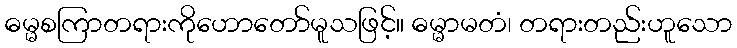
ဓမ္မစကြာတရားကိုဟောတော်မူသဖြင့်။ ဓမ္မာမတံ၊ တရားတည်းဟူသော